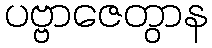
ပဗ္ဗာဇေတွာန